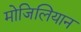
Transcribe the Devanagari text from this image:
मोजिलियान